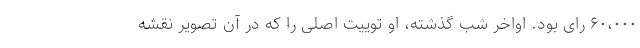
۶۰،۰۰۰ رای بود. اواخر شب گذشته، او توییت اصلی را که در آن تصویر نقشه